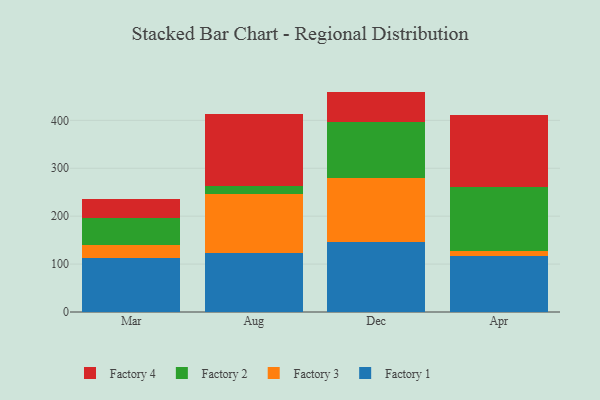
{"axis": {"x": "Month", "y": "Gross Profit (USD K)"}, "legend": ["Factory 1", "Factory 2", "Factory 3", "Factory 4"], "data": [{"x": "Mar", "y": 112.5, "type": "Factory 1"}, {"x": "Mar", "y": 27.2, "type": "Factory 3"}, {"x": "Mar", "y": 56.3, "type": "Factory 2"}, {"x": "Mar", "y": 40.0, "type": "Factory 4"}, {"x": "Aug", "y": 122.3, "type": "Factory 1"}, {"x": "Aug", "y": 124.3, "type": "Factory 3"}, {"x": "Aug", "y": 17.0, "type": "Factory 2"}, {"x": "Aug", "y": 149.0, "type": "Factory 4"}, {"x": "Dec", "y": 145.9, "type": "Factory 1"}, {"x": "Dec", "y": 134.1, "type": "Factory 3"}, {"x": "Dec", "y": 116.5, "type": "Factory 2"}, {"x": "Dec", "y": 63.5, "type": "Factory 4"}, {"x": "Apr", "y": 115.9, "type": "Factory 1"}, {"x": "Apr", "y": 11.0, "type": "Factory 3"}, {"x": "Apr", "y": 133.4, "type": "Factory 2"}, {"x": "Apr", "y": 150.2, "type": "Factory 4"}]}